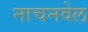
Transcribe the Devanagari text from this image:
नाचनवेल